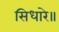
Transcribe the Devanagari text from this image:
सिधारे॥